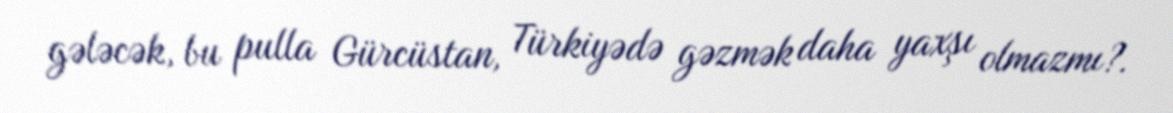
gələcək, bu pulla Gürcüstan, Türkiyədə gəzmək daha yaxşı olmazmı?.